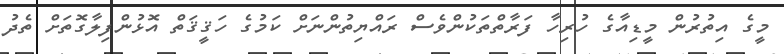
މީގެ އިތުރުން މީޑިއާގެ ހުރިހާ ފަރާތްތަކުންވެސް ރައްޔިތުންނަށް ކަމުގެ ހަޤީޤަތް އޮޅުންފިލާގޮތަށް ތެދު